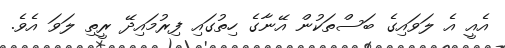
އެއީ އެ ލަވައިގެ ބަސްތަކުން އޭނާގެ ހިތުގައި ފިރުމައިދޭ ރީތި ލަވަ އެވެ.